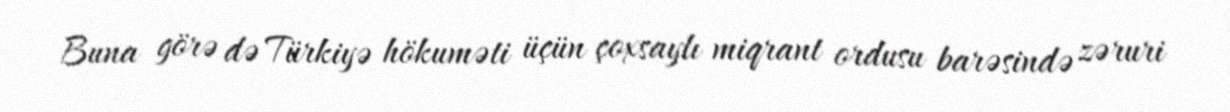
Buna görə də Türkiyə hökuməti üçün çoxsaylı miqrant ordusu barəsində zəruri